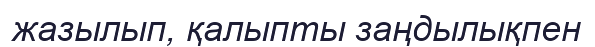
жазылып, қалыпты заңдылықпен